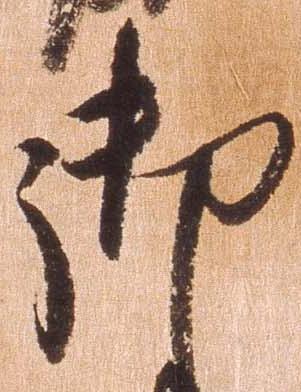
御